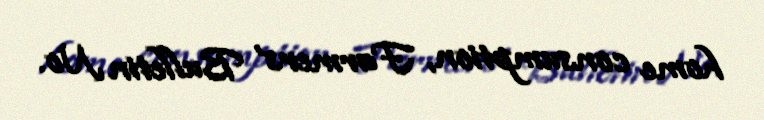
home consumption, Farmers' Bulletin No.